Vaccination in Bombay 1889-1901 - 1889-1901
Year: 1889
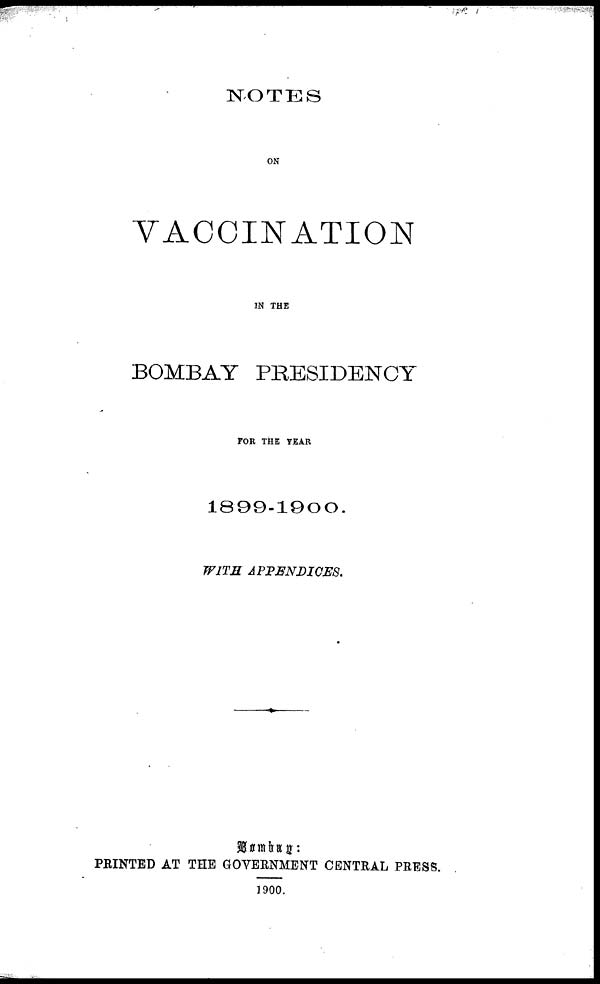
NOTES
ON
VACCINATION
IN THE
BOMBAY PRESIDENCY
FOR THE YEAR
1899-1900.
WITH APPENDICES.
Bombay:
PRINTED AT THE GOVERNMENT CENTRAL PRESS.
1900.